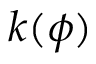
k ( \phi )